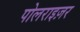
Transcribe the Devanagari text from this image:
पोलराइज़र